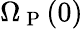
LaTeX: \Omega_{\mathrm{~P~}}({0})